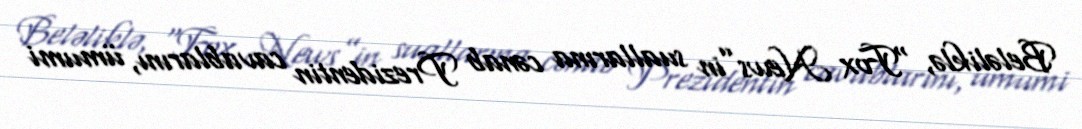
Beləliklə, “Fox News”in suallarına cənab Prezidentin cavablarını, ümumi